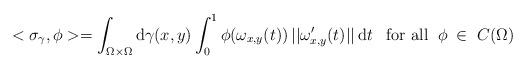
LaTeX: \begin{align*}<\sigma_\gamma,\phi>=\int_{\Omega \times \Omega}\mathrm{d}\gamma(x,y)\int_{0}^{1}\phi(\omega_{x,y}(t))\,||{\omega}^\prime_{x,y}(t)||\,\mathrm{d}t\;\;\; \mbox{for all}\;\;\phi\;\in\;C(\Omega)\end{align*}